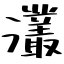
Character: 灇